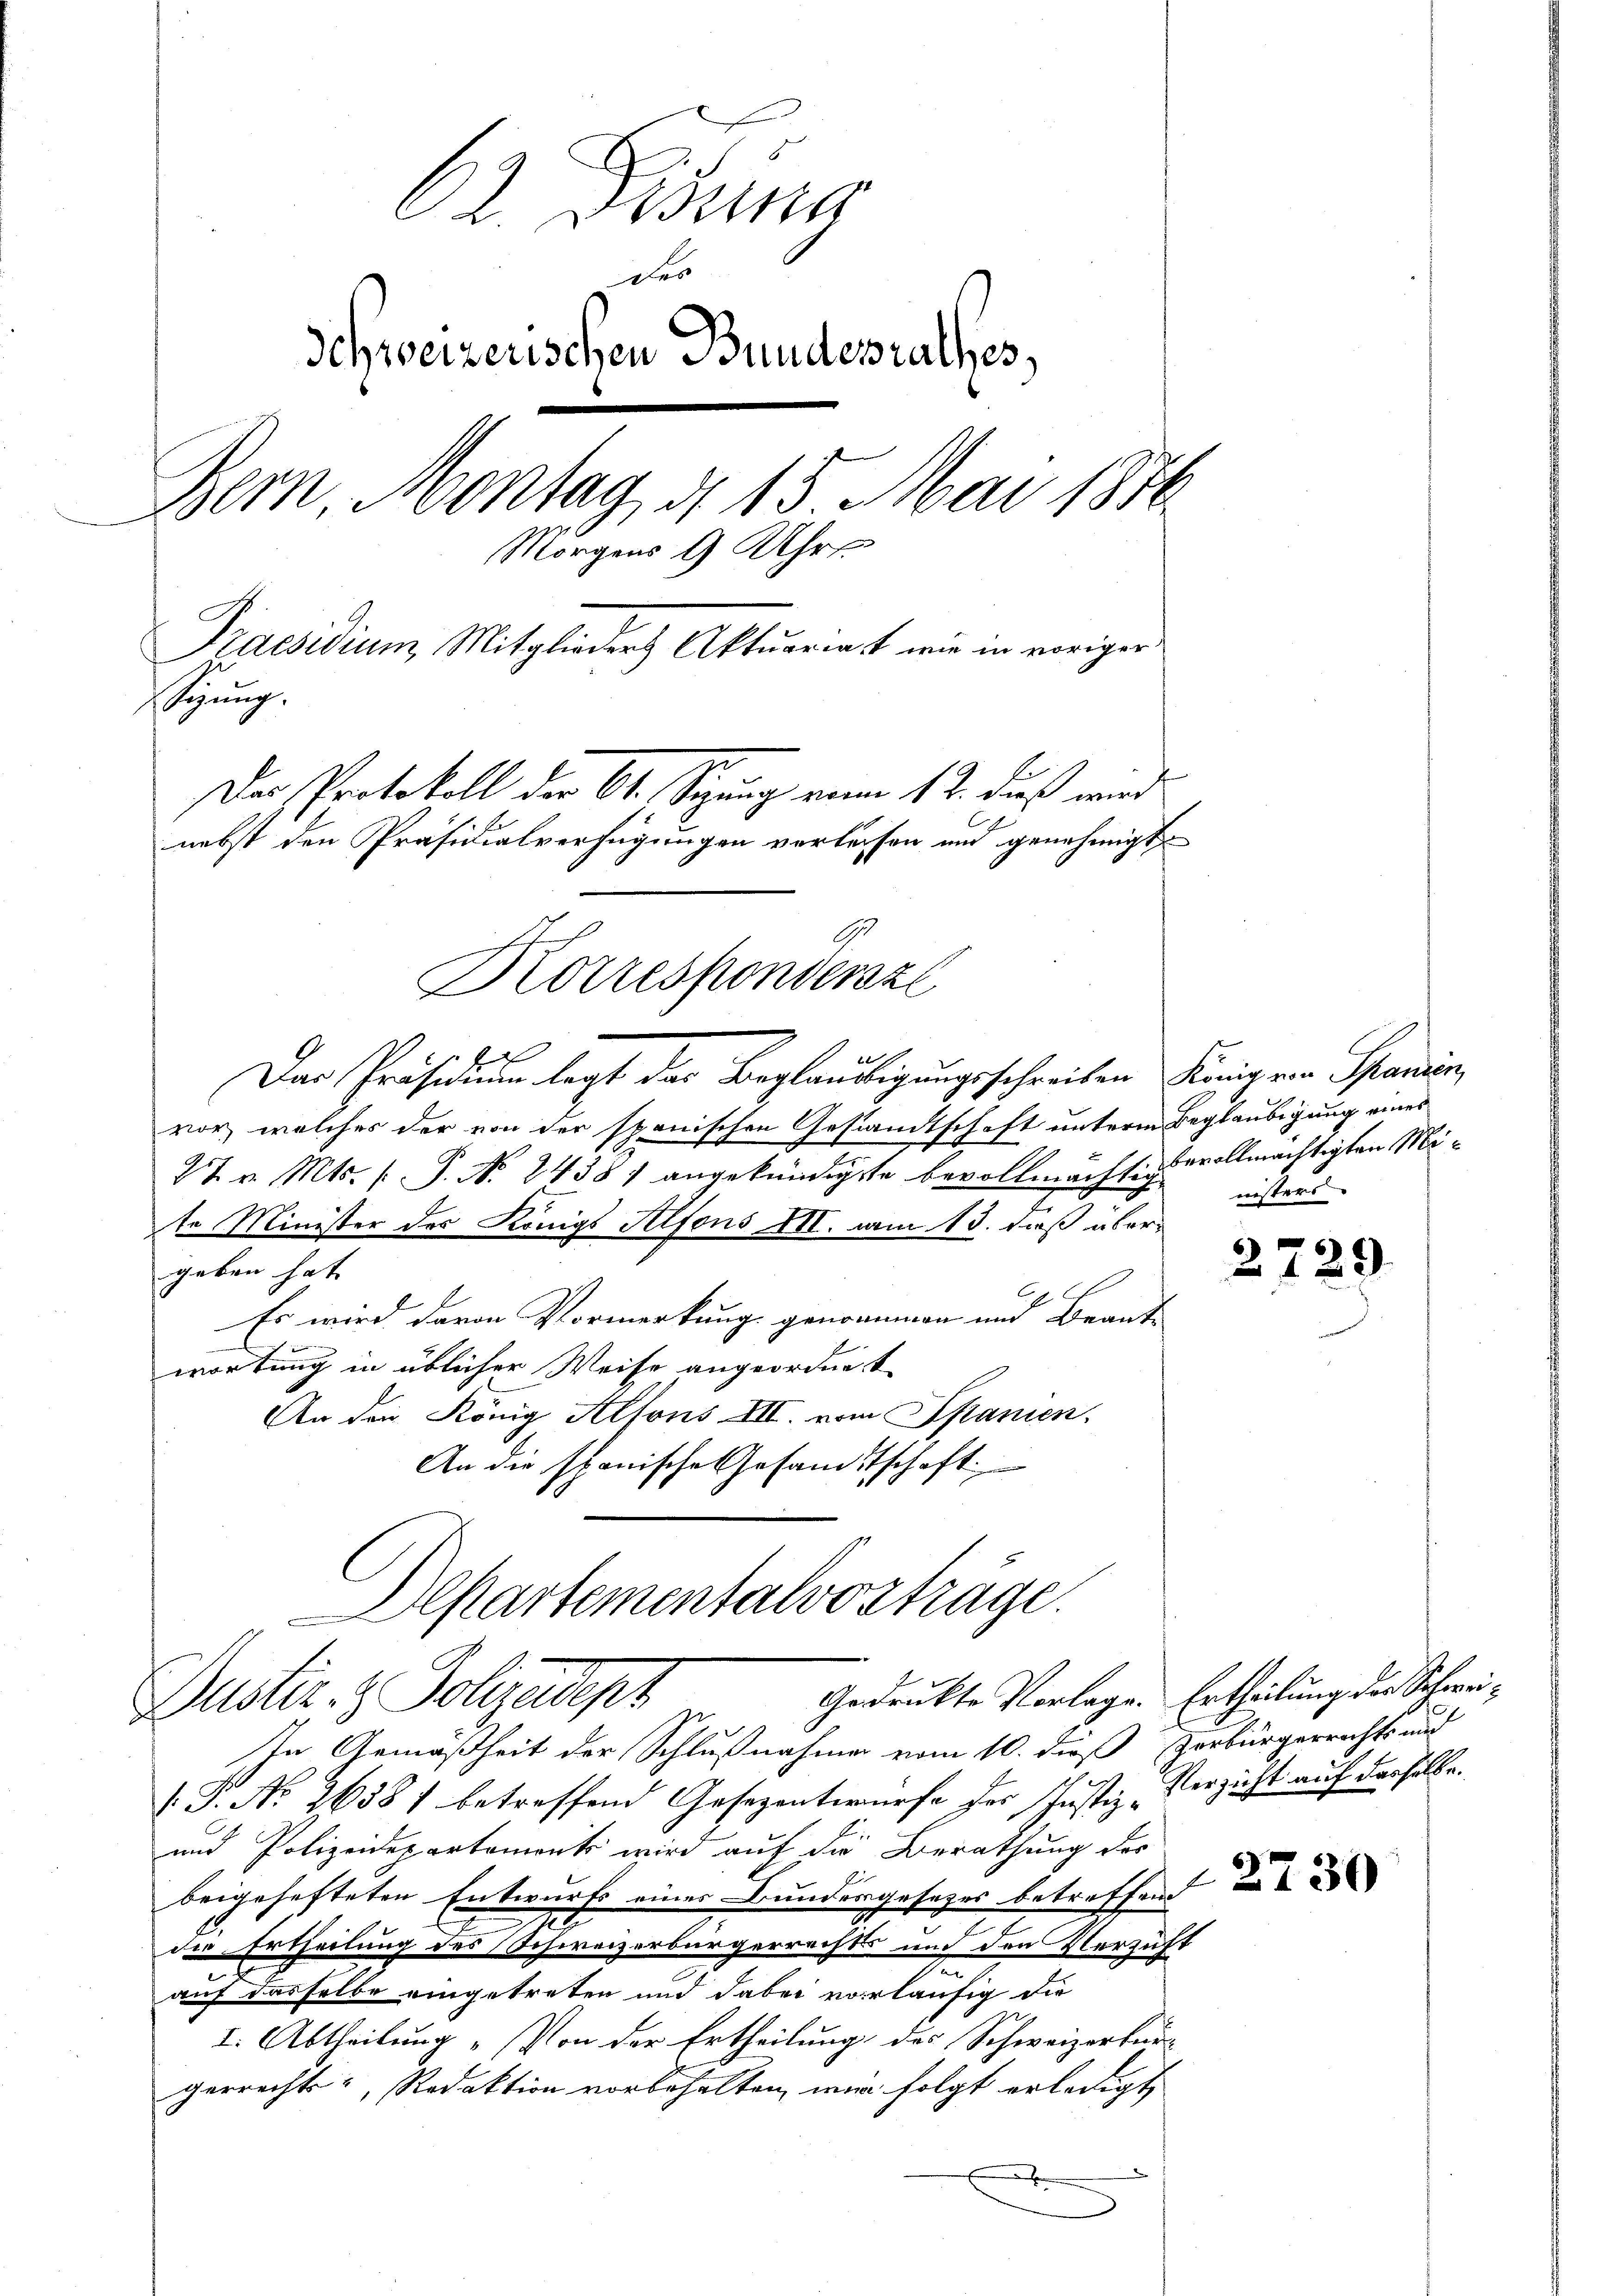
62.  Fra
des
Schweizerischen Bundesrathes,
Dem Montag, § 15 Mai 1816.
Morgens 9 Uhr
Praesidium, Mitglieder Aktuariat wie in voriger
Sitzung.
Der Protokoll der 61. Sizung von 12. dieß wird
nebst den Präsidialverfügungen verlassen und genehmigt
Korrespondersze

2
Dar Präsidium legt das Beglaubigungsschreiben König von Spanien,
vor, welches der von der spanischen Gestandtschaft unterm Beglaubigung eines
27 v. Mts. s. S. N. 2438) angekündigste bevollmächtige vollmächtigten Mite Minister des Königs Alfons III. am 13. daß übergeben hat.
Es wird davon Vormerkung genommen und Beant-

wortung in üblicher Weise angeordnet
An den König Alfons III. vom Spanien.
An die spanische Gesandtschaft.
In Gemäßheit der Schlußnahme vom 10. dieß Herbürgerrechts und
(G. No 26381 betreffend Gesezentwurfe der Justiz-Verzicht auf derselbe.
und Polizeidepartemonts wird auf die Berathung des
beigehefteten Entwurfs einer Bundergesetzes betreffend
der Ertheilung des Schweizerbürgerrechts und den Verzicht
auf dasselbe eingetreten und dabei vorläufig die
I. Abtheilung „Von der Ertheilung des Schweizerkurs
gerrecht, Redaktion vorbehalten, wie folgt erledigt,

Departementalvortrage.
Gedruckte Vorlage. Ertheilung der Schwei¬
Justiz- & Polizeidept

nisters

29

2730